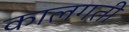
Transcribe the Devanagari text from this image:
कालगती